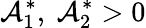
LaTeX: \mathcal{A}_{1}^{\ast},~\mathcal{A}_{2}^{\ast}>0